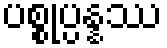
ပစ္စုပ္ပန္နဿ